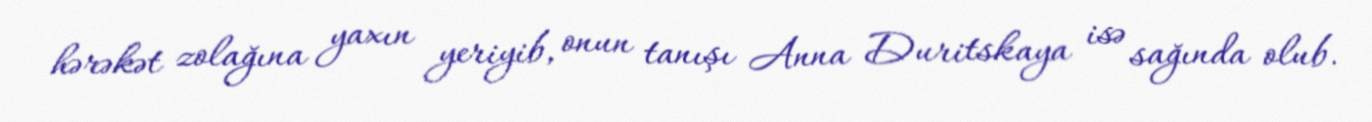
hərəkət zolağına yaxın yeriyib, onun tanışı Anna Duritskaya isə sağında olub.